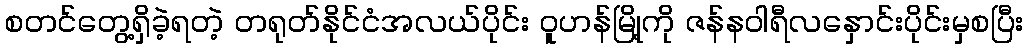
စတင်တွေ့ရှိခဲ့ရတဲ့ တရုတ်နိုင်ငံအလယ်ပိုင်း ဝူဟန်မြို့ကို ဇန်နဝါရီလနှောင်းပိုင်းမှစပြီး